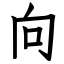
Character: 向